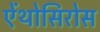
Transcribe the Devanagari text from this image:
ऐंथोसिरोस